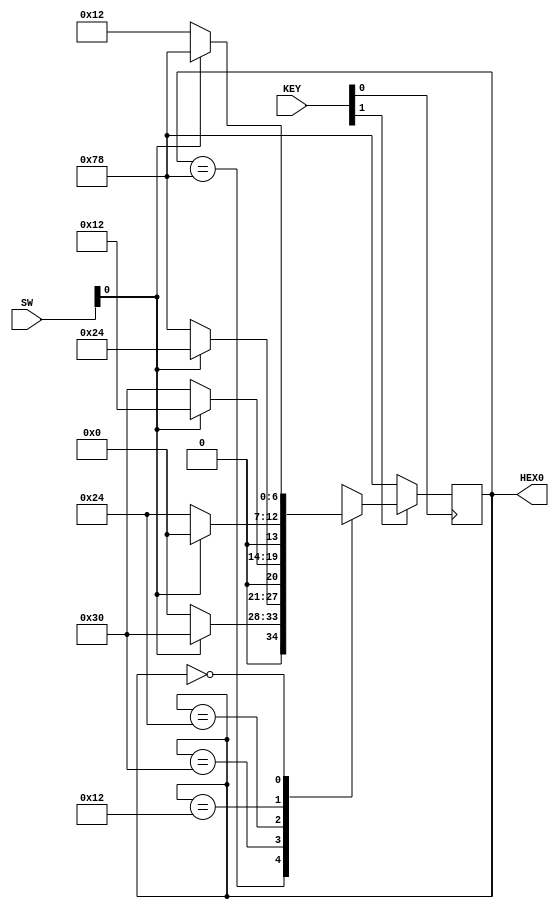
//define these 5 state numbers 
`define Seven 7'b1111000
`define Three 7'b0110000
`define Two   7'b0100100
`define Five  7'b0010010
`define Eight 7'b0000000
module lab4_top(SW,KEY,HEX0);
   //all the inputs
  input [9:0] SW;
  input [3:0] KEY;
  output [6:0] HEX0;
  wire clk;
  reg [6:0]present_state;
  //let clk be key[0] in this case
  assign clk=KEY[0];
  //the output hex0 is just the state
  assign HEX0=present_state;
  
  always @(posedge clk)begin
     //if it's reset, then set to 7
     if(KEY[1]==0)
	    present_state=7'b1111000;
     else 
	   case(present_state)
	     `Seven:   if(SW[0]==1)
		           present_state=`Three;//if sw0 is 1 then go forward to 3
				   else
				   present_state=`Eight;//if not go backward to 8
				 
	     `Three:   if(SW[0]==1)
		           present_state=`Two;//if sw0 is 1 then go forward to 2
				  else
				   present_state=`Seven;//if not then go backward to 7
				 
	     `Two:     if(SW[0]==1)
		           present_state=`Five;//if sw0 is 1 then go forward to 5
				 else
				   present_state=`Three;//if not then go backward to 3
				 
	     `Five:    if(SW[0]==1)
		           present_state=`Eight;//if sw0 is 1 then go forward to 8
				 else
				   present_state=`Two;//if not then go backward to 2
				 
		 `Eight:   if(SW[0]==1)
		           present_state=`Seven;//if sw0 is 1 then go forward to 7
				 else
				   present_state=`Five;//if not then go backward to 5
				 
	      default: present_state=7'bxxxxxxx;//set default

	   endcase
	end
 
endmodule